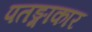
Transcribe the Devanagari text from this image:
पतङ्गाकार